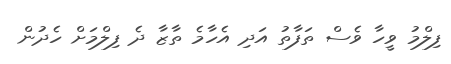
ފިލްމު ވީހާ ވެސް ތަފާތު އަދި އެހާމެ ތާޒާ ދެ ފިލްމަށް ހެދުން